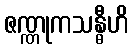
ဇဏ္ဏုကသန္ဓီဟိ